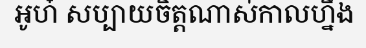
អូហ៎ សប្បាយចិត្តណាស់កាលហ្នឹង